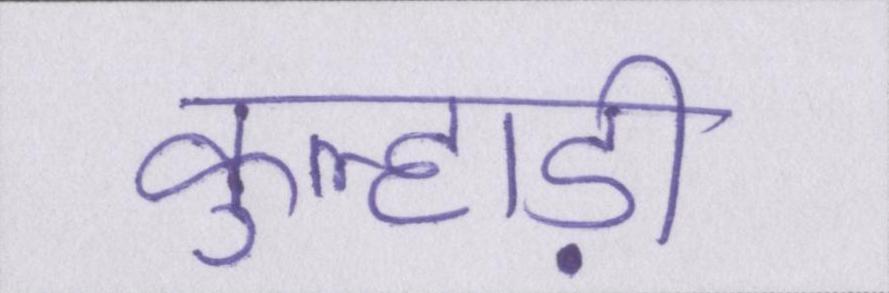
कुल्हाड़ी